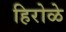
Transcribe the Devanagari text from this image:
हिरोळे